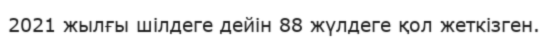
2021 жылғы шілдеге дейін 88 жүлдеге қол жеткізген.